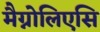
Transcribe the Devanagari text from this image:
मैग्नोलिएसि